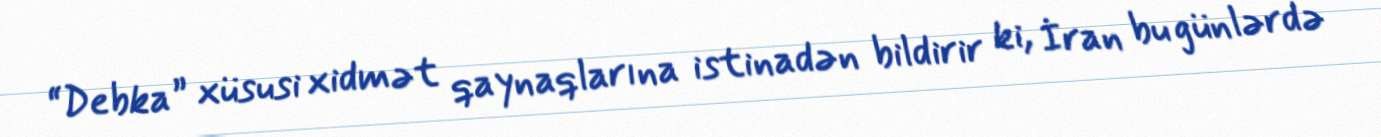
“Debka” xüsusi xidmət qaynaqlarına istinadən bildirir ki, İran bu günlərdə